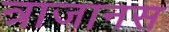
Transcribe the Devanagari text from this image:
त्राजानस